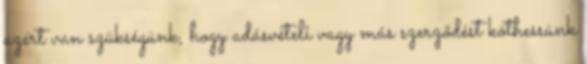
azért van szükségünk, hogy adásvételi vagy más szerződést köthessünk